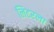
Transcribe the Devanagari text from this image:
लिटरला